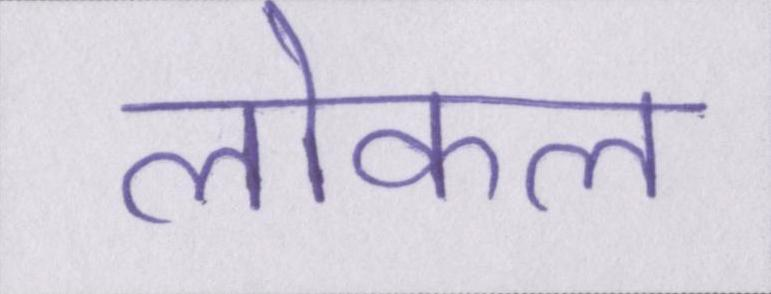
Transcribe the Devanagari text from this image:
लोकल